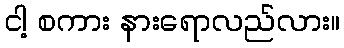
ငါ့ စကား နားရောလည်လား။